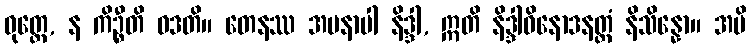
ဝုတ္တေ, န ကိဉ္စီတိ ဝဒတိ။ တေနဿ အမနာပါ နိဒ္ဒါ, ဣတိ နိဒ္ဒါဝိနောဒနတ္ထံ နိသိန္နော။ အပိ